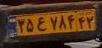
۳۵ع۷۸۴۴۲